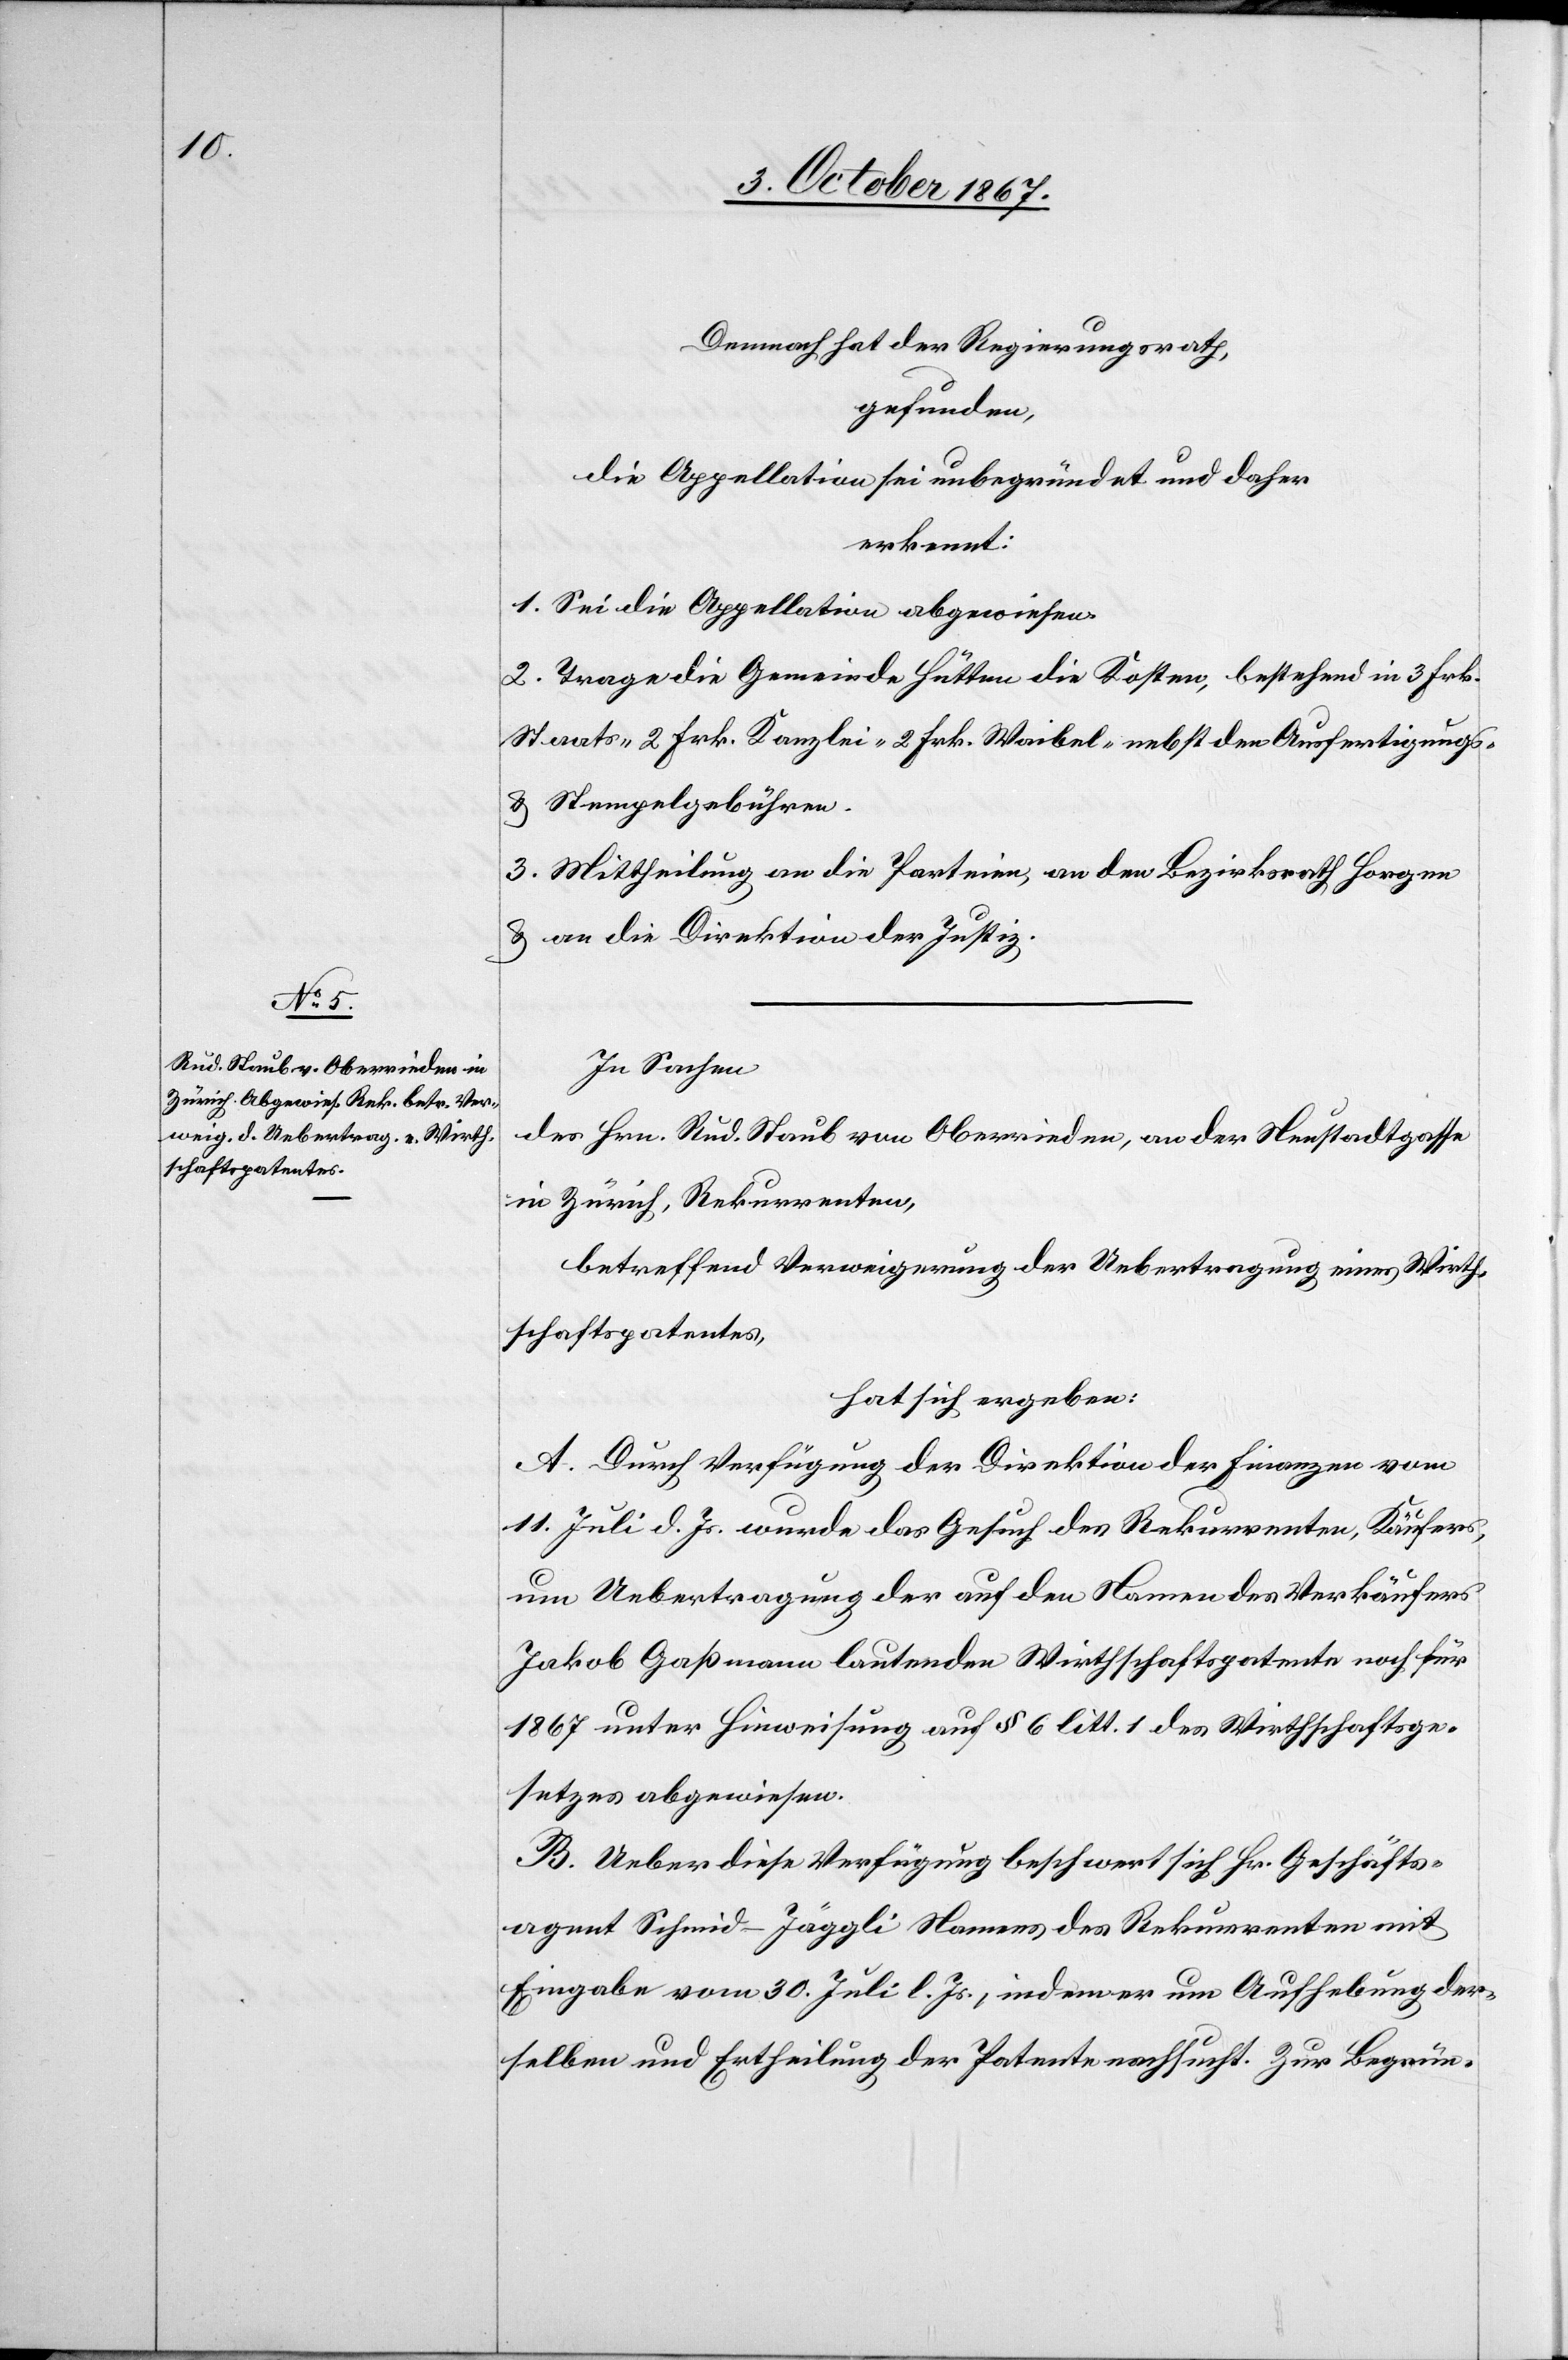
Demnach hat der Regierungsrath,
gefunden,
die Appellation sei unbegründet und daher
erkennt:
1. Sei die Appellation abgewiesen.
2. Trage die Gemeinde Hütten die Kosten, bestehend in 3 Frk.
Staats-[,] 2 Frk. Kanzlei- 2 Frk. Waibel nebst den Ausfertigungs-
u. Stempelgebühren.
3. Mittheilung an die Parteien, an den Bezirksrath Horgen
u. an die Direktion der Justiz.
In Sachen
des Hrn. Rud. Staub von Oberrieden, an der Neustadtgasse
in Zürich, Rekurrenten,
betreffend Verweigerung der Uebertragung eines Wirth¬
schaftspatentes,
hat sich ergeben:
A. Durch Verfügung der Direktion der Finanzen vom
11. Juli d. Js. wurde das Gesuch des Rekurrenten, Käufers,
um Uebertragung der auf den Namen des Verkäufers
Jakob Gaßmann lautenden Wirthschaftspatente noch für
1867 unter Hinweisung auf § 6 litt. 1 des Wirthschaftsge¬
setzes abgewiesen.
B. Ueber diese Verfügung beschwert sich Hr. Geschäfts¬
agent Schmid-Jäggli Namens des Rekurrenten mit
Eingabe vom 30. Juli l. Js., indem er um Aufhebung der¬
selben und Ertheilung der Patente nachsucht. Zur Begrün-